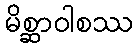
မိစ္ဆာဝါစဿ